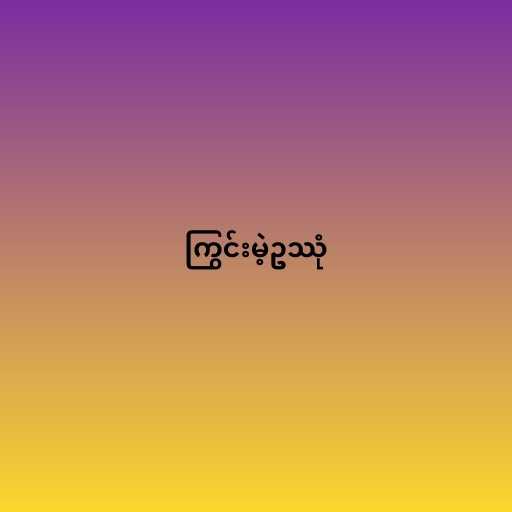
ကြွင်းမဲ့ဥဿုံ